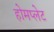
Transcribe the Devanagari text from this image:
होमप्लेट